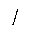
Letter: _alif